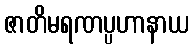
ဇာတိမရဏပ္ပဟာနာယ